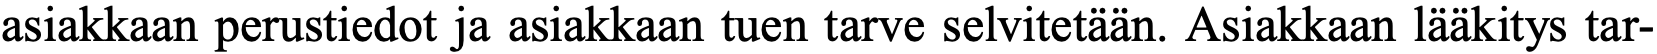
asiakkaan perustiedot ja asiakkaan tuen tarve selvitetään. Asiakkaan lääkitys tar-